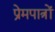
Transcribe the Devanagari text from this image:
प्रेमपात्रों